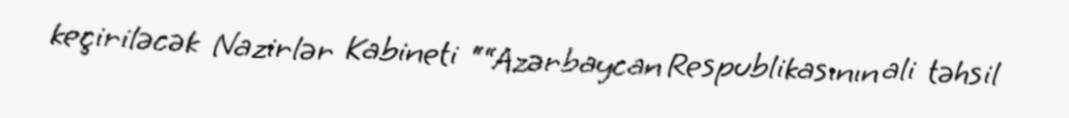
keçiriləcək Nazirlər Kabineti ““Azərbaycan Respublikasının ali təhsil